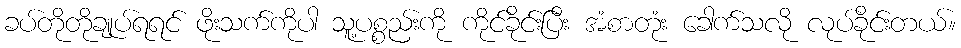
ခပ်တိုတိုချုပ်ရရင် ဖိုးသက်ကိုပါ သူ့ပစ္စည်းကို ကိုင်ခိုင်းပြီး အံစာတုံး ခေါက်သလို လုပ်ခိုင်းတယ်။